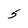
Character: 5